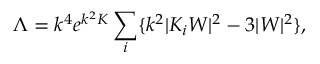
\Lambda = k ^ { 4 } e ^ { k ^ { 2 } K } \sum _ { i } \{ k ^ { 2 } | K _ { i } W | ^ { 2 } - 3 | W | ^ { 2 } \} ,